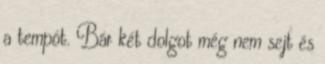
a tempót. Bár két dolgot még nem sejt és